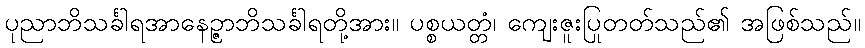
ပုညာဘိသင်္ခါရအာနေဉ္ဇာဘိသင်္ခါရတို့အား။ ပစ္စယတ္တံ၊ ကျေးဇူးပြုတတ်သည်၏ အဖြစ်သည်။